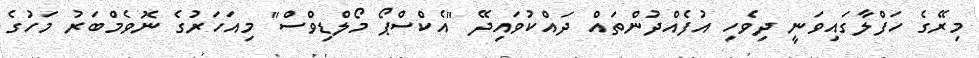
މިރޭގެ ހަފްލާގައިވަނީ ދިވެހި އުފެއްދުންތައް ދައްކުވައިދޭ "އެކްސްޕޯ މޯލްޑިވްސް" މިއަހަރުގެ ނޮވެމްބަރު މަހުގެ